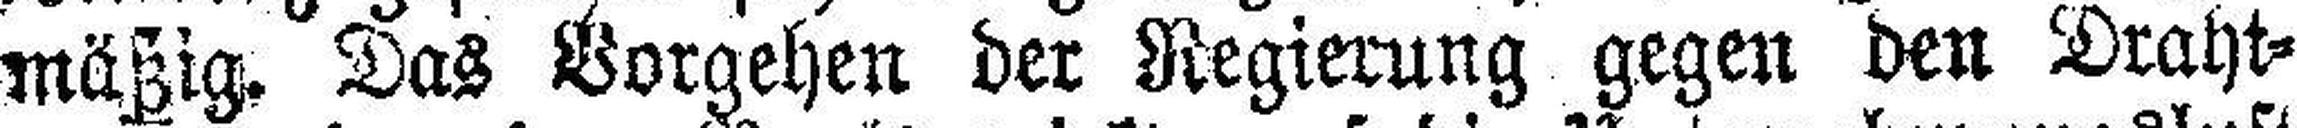
mäßig, Das Borgehen der Regierung gegen den Draht¬